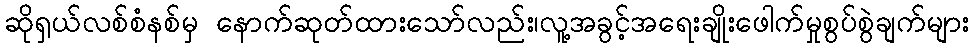
ဆိုရှယ်လစ်စံနစ်မှ နောက်ဆုတ်ထားသော်လည်း၊လူ့အခွင့်အရေးချိုးဖေါက်မှုစွပ်စွဲချက်များ